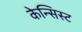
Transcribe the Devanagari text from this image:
केन्सिस्ट